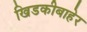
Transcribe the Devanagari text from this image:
खिडकीबाहेर